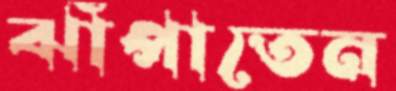
ঝাঁপাতেন